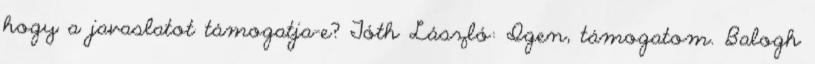
hogy a javaslatot támogatja-e? Tóth László: Igen, támogatom. Balogh